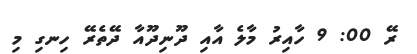
ރޭ 00: 9 ހާއިރު މާލެ އާއި ދޫނިދޫއާ ދޭތެރޭ ހިނގި މި